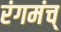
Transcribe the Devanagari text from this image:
रंगमंच्